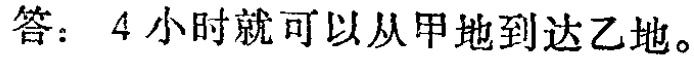
答：4小时就可以从甲地到达乙地。